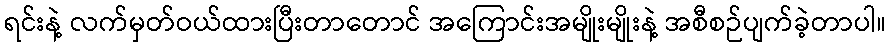
ရင်းနဲ့ လက်မှတ်ဝယ်ထားပြီးတာတောင် အကြောင်းအမျိုးမျိုးနဲ့ အစီစဉ်ပျက်ခဲ့တာပါ။